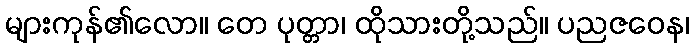
များကုန်၏လော။ တေ ပုတ္တာ၊ ထိုသားတို့သည်။ ပညဇဝေန၊